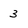
Character: 3